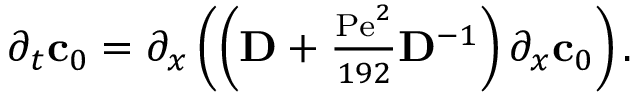
\begin{array} { r } { \partial _ { t } \mathbf { c } _ { 0 } = \partial _ { x } \left( \left( \mathbf { D } + \frac { \mathrm { P e } ^ { 2 } } { 1 9 2 } \mathbf { D } ^ { - 1 } \right) \partial _ { x } \mathbf { c } _ { 0 } \right) . } \end{array}